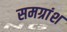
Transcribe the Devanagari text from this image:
समग्रांश